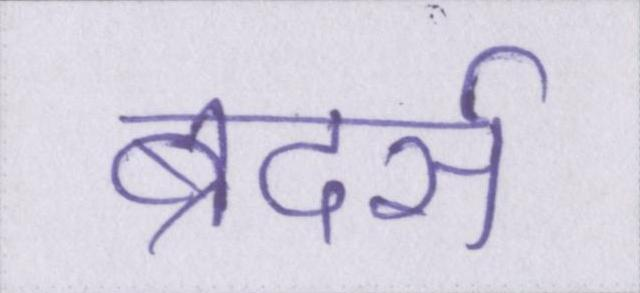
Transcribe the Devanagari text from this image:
ब्रदर्स